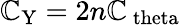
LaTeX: \mathbb{C}_{\mathrm{{Y}}}=2n\mathbb{C}_{\mathrm{{\ theta}}}